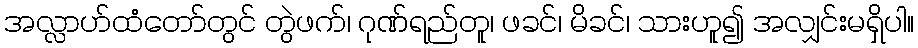
အလ္လာဟ်ထံတော်တွင် တွဲဖက်၊ ဂုဏ်ရည်တူ၊ ဖခင်၊ မိခင်၊ သားဟူ၍ အလျှင်းမရှိပါ။